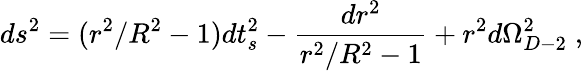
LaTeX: ds^{2}=(r^{2}/R^{2}-1)dt_{s}^{2}-{\frac{dr^{2}}{r^{2}/R^{2}-1}}+r^{2}d\Omega_{D-2}^{2}\; ,